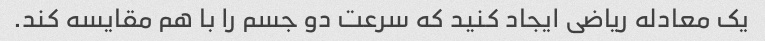
یک معادله ریاضی ایجاد کنید که سرعت دو جسم را با هم مقایسه کند.